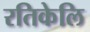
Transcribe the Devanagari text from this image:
रतिकेलि